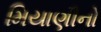
મિયાણીનો